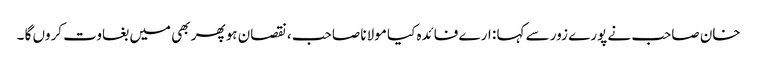
خان صاحب نے پورے زور سے کہا : ارے فائدہ کیا مولانا صاحب ، نقصان ہو پھر بھی میں بغاوت کروں گا ۔